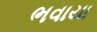
ભવાયા